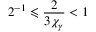
2 ^ { - 1 } \leqslant \frac { 2 } { 3 \chi _ { \gamma } } < 1